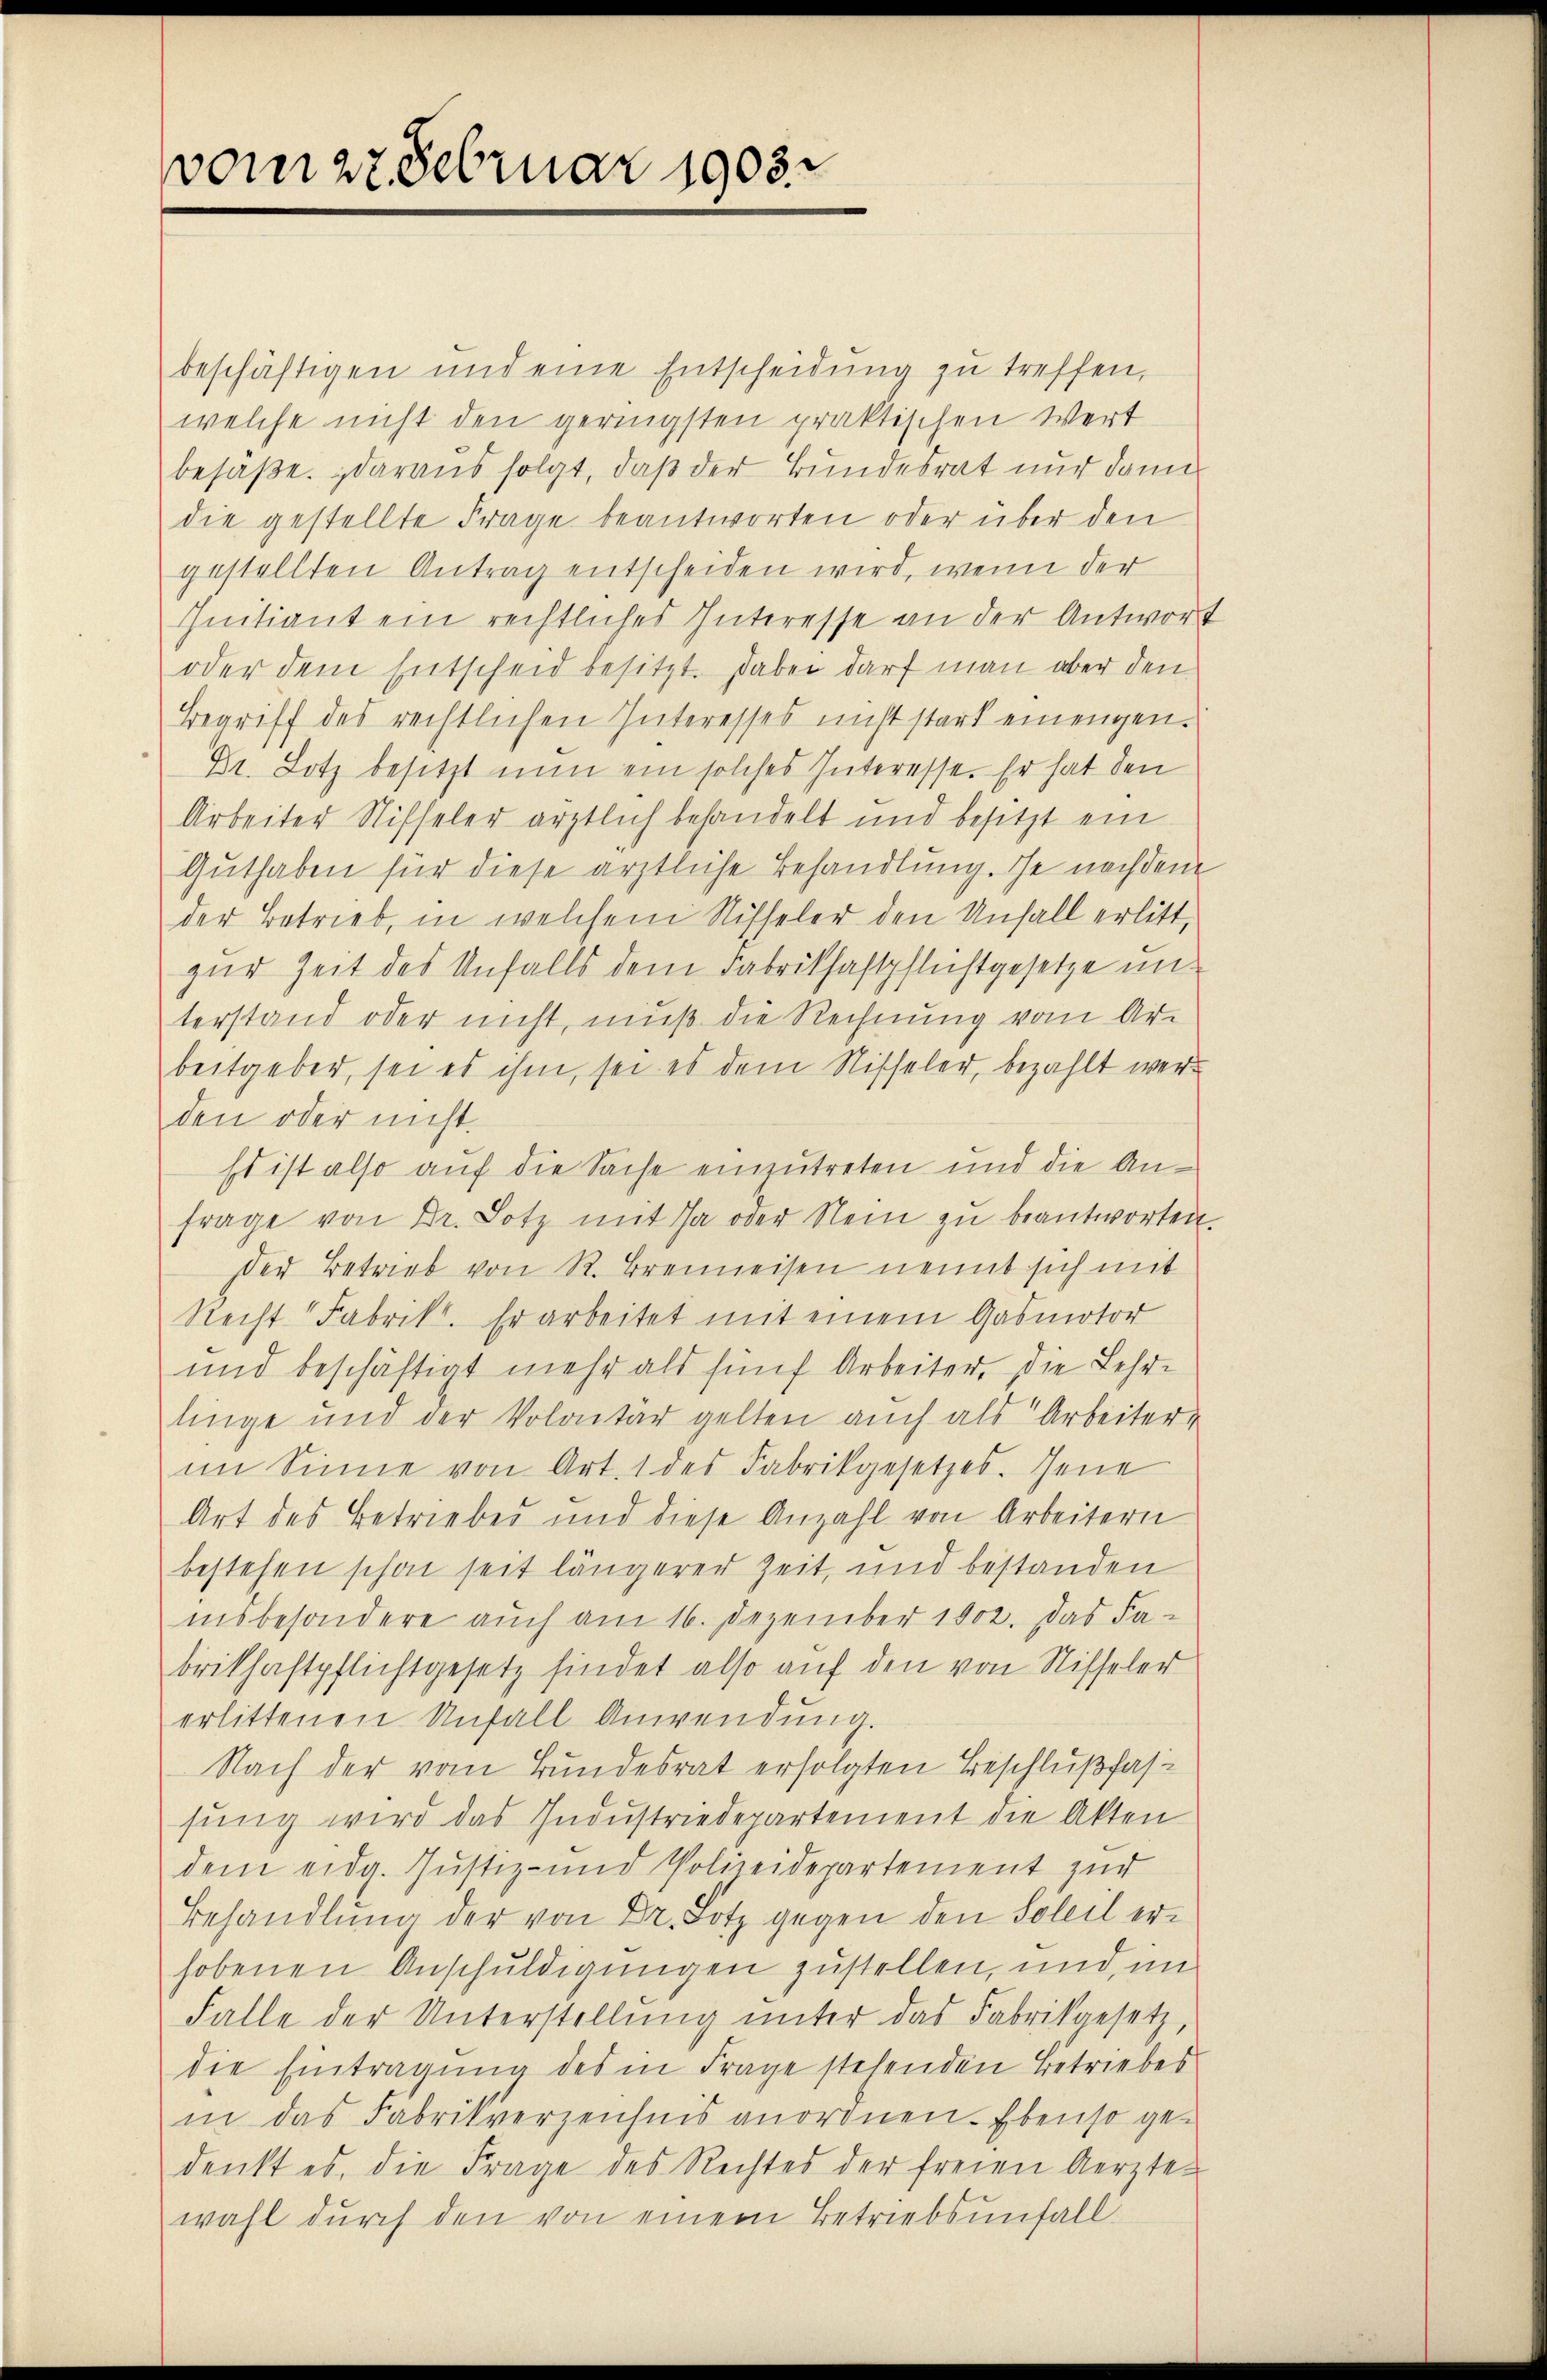
vom 27 Februar 1903.

beschäftigen und eine Entscheidung zu treffen,
welche nicht den geringsten praktischen Wert
besäße. Daraus folgt, daß der Bundesrat nur dann
die gestellte Frage beantworten oder über den
gestellten Antrag entscheiden wird, wenn der
Initiant ein rechtliches Interesse an der Antwort
oder dem Entscheid besitzt. Dabei darf man aber den
Begriff des rechtlichen Interesses nicht stark einengen.
Dr. Lotz besitzt nun ein solches Interesse. Er hat den
Arbeiter Riffeler ärztlich behandelt und besitzt ein
Guthaben für diese ärztliche Behandlung. Ehe nachdem
der Betrieb, in welchem Risseler den Unfall erlitt,
zur Zeit des Unfalls dem Fabriksaftpflichtgesetze unterstand oder nicht, muß die Rechnung vom Ar-
beitgeber, sei es ihm, sei es dem Nischeler, bezahlt werd
den oder nicht.
Es ist also auf die Sache einzutreten und die Anfrage von Dr. Lotz mit Ja oder Nein zŭ beantworten.
der Betrieb von R. Brenneisen nennt sich mit
Recht Fabrik. Er arbeitet mit einem Gasmotor
und beschäftigt mehr als fünf Arbeiter. Die Lehr-
linge und der Volontär gelten auch als Arbeiter,
im Sinne von Art. 1 des Fabrikgesetzes. Jene
Art des Betriebes und diese Anzahl von Arbeitern
bestehen schon seit längerer Zeit, und bestanden
insbesondere auch am 16. Dezember 1802. Das Fa-
brithaftpflichtgesetz findet also auf den von Risseler
erlittenen Unfall Anwendung.
Nach der vom Bundesrat erfolgten Beschlußfassung wird das Industriedepartement die Akten
dem eidg. Justiz- und Polizeidepartement zur
Behandlŭng der von Dr. Hotz gegen den Soleil erhobenen Anschuldigungen zustellen, und im
Falle der Unterstellŭng ŭnter das Fabrikgesetz,
die Eintragung des in Frage stehenden Betriebes
in das Fabrikverzeichnis anordnen. Ebenso gedenkt es, die Frage des Rechtes der freien Aerzte-
wahl durch den von einem Betriebsunfall